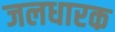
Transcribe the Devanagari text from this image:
जलधारक